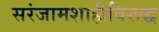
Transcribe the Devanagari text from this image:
सरंजामशाहीविरूद्ध